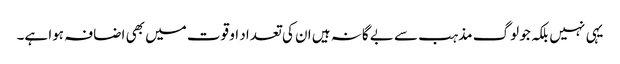
یہی نہیں بلکہ جو لوگ مذہب سے بے گانہ ہیں ان کی تعداد او قوت میں بھی اضافہ ہوا ہے۔